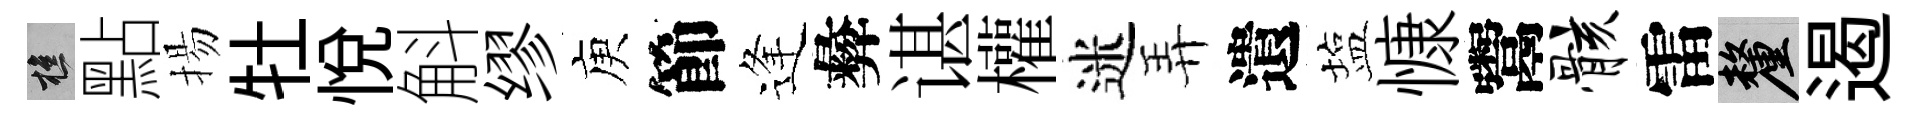
樵點揚牡悦斛缪庾節逢彜谌權迷弄遺塩慷鬻骸雷厘遏